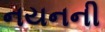
નયનની